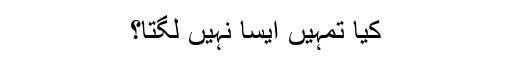
کیا تمہیں ایسا نہیں لگتا؟